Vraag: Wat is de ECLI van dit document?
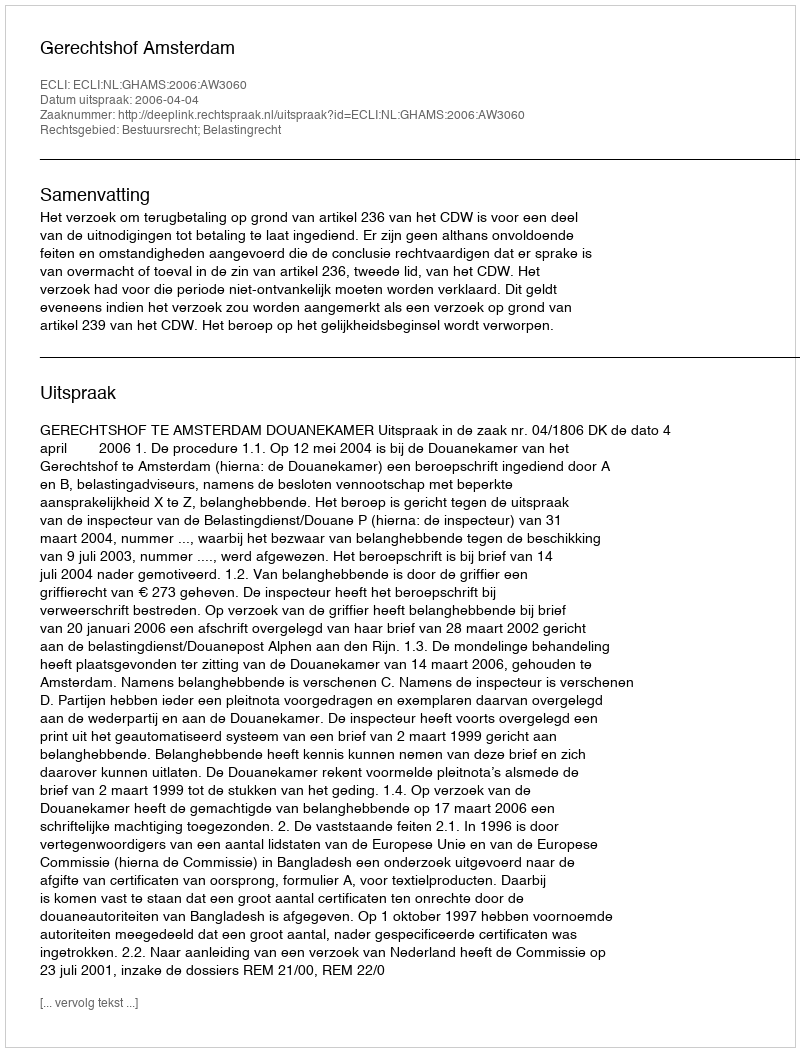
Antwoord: ECLI:NL:GHAMS:2006:AW3060